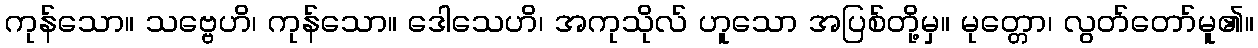
ကုန်သော။ သဗ္ဗေဟိ၊ ကုန်သော။ ဒေါသေဟိ၊ အကုသိုလ် ဟူသော အပြစ်တို့မှ။ မုတ္တော၊ လွတ်တော်မူ၏။